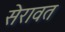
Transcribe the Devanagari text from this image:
सेरावत